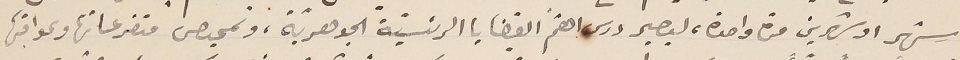
شهر او شهرين مرة واحدة، ليصير درس اهّم القضايا الرئسيّة الجوهريّة، وتمحيص متفرعاتها وعواقبها